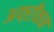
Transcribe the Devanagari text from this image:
अफ्ऱीकन